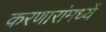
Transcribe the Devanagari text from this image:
करणारांमध्यें